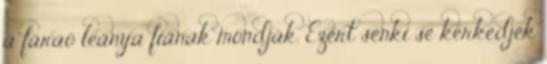
a fáraó leánya fiának mondják. Ezért senki se kérkedjék